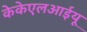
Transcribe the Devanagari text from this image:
केकेएलआईयू